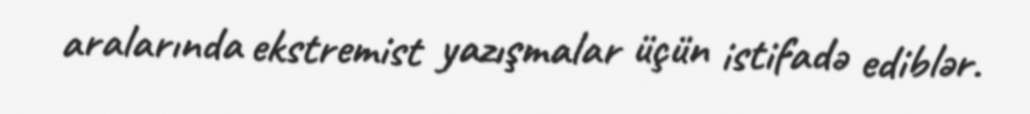
aralarında ekstremist yazışmalar üçün istifadə ediblər.